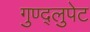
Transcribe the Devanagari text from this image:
गुण्द्लुपेट